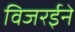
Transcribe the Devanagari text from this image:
विजरईने